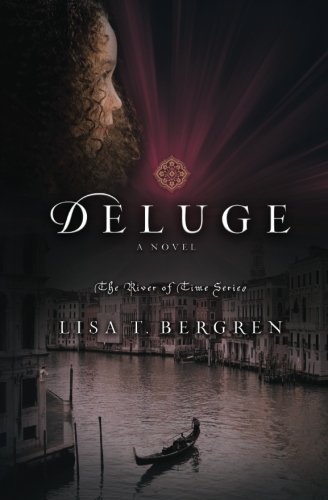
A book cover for Deluge (River of Time Series #5) (Volume 5); Lisa T. Bergren; Romance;